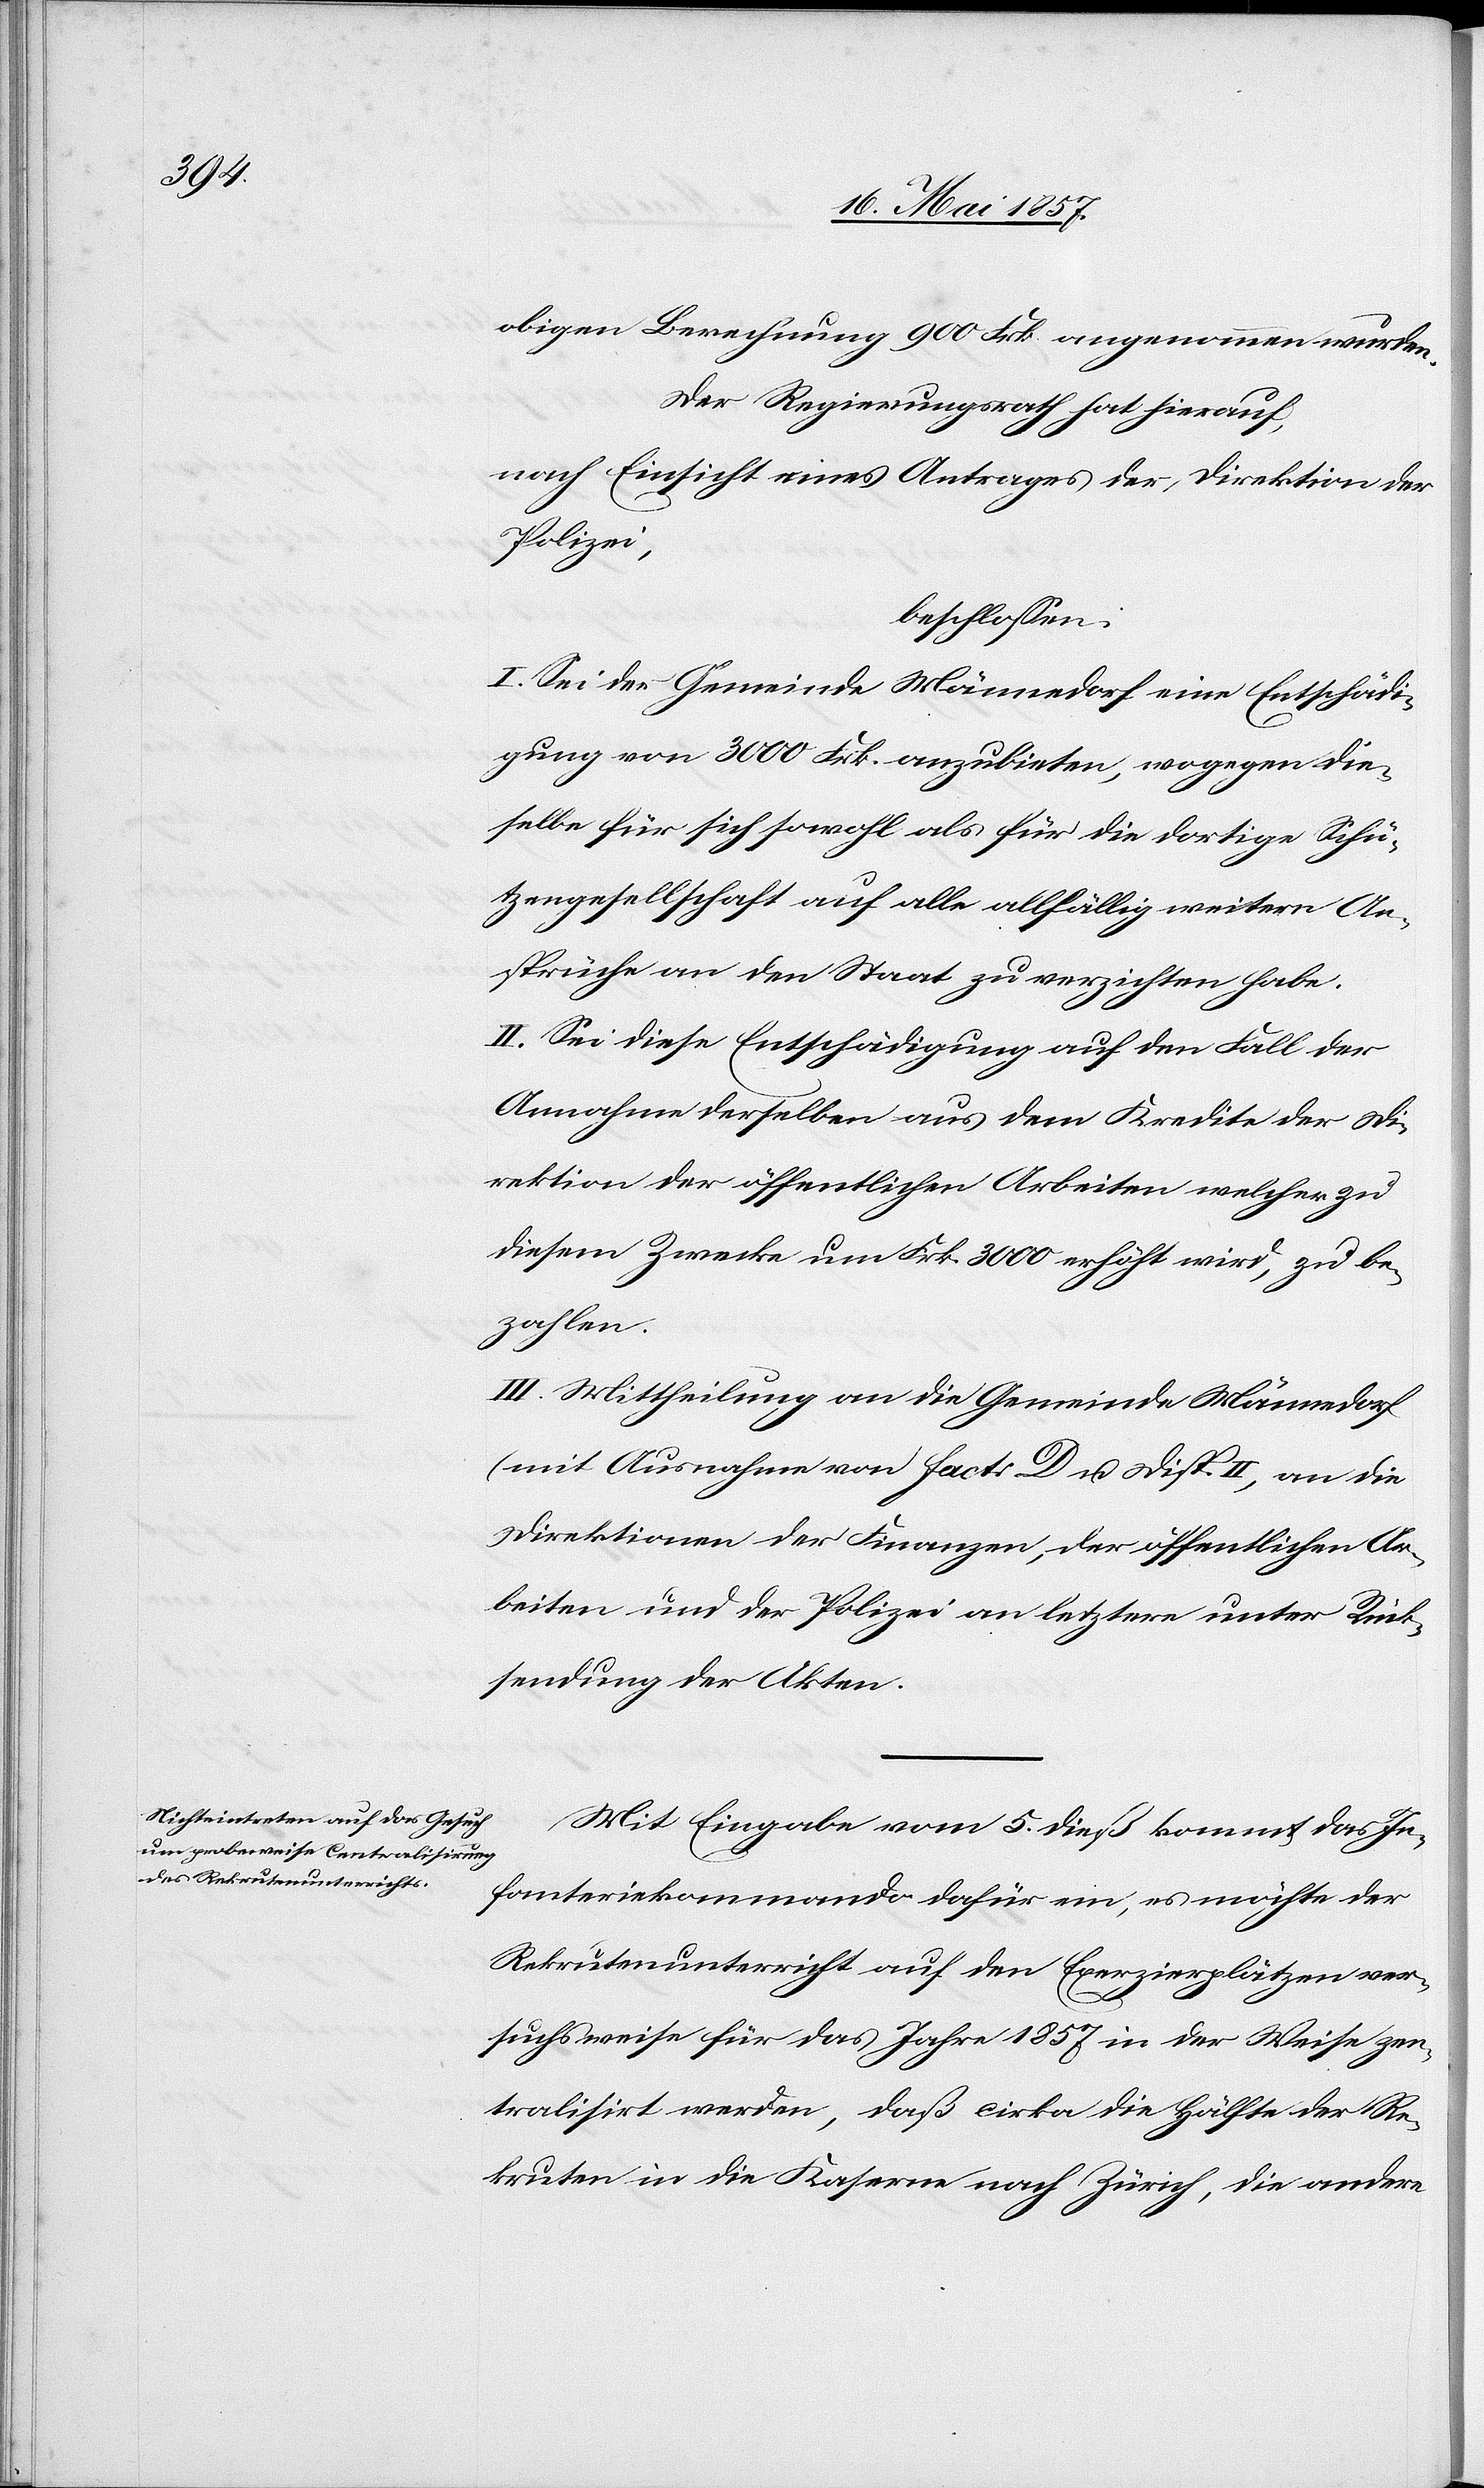
obigen Berechnung 900 Frk. angenommen wurden.
Der Regierungsrath hat hierauf,
nach Einsicht eines Antrages der Direktion der
Polizei,
beschlossen:
I. Sei der Gemeinde Männedorf eine Entschädi¬
gung von 3000 Frk. anzubieten, wogegen die¬
selbe für sich sowohl als für die dortige Schü¬
tzengesellschaft auf alle allfällig weitern An¬
sprüche an den Staat zu verzichten habe.
II. Sei diese Entschädigung auf den Fall der
Annahme derselben aus dem Kredite der Di¬
rektion der öffentlichen Arbeiten welcher zu
diesem Zwecke um Frk. 3000 erhöht wird, zu be¬
zahlen.
III. Mittheilung an die Gemeinde Männedorf
(mit Ausnahme von Fact: D & Disp. II, an die
Direktion der Finanzen, der öffentlichen Ar¬
beiten und der Polizei an letztere unter Rück¬
sendung der Akten.
Mit Eingabe vom 5 dieß kommt das In¬
fanteriekommando dafür ein, es möchte der
Rekrutenunterricht auf den Exerzierplätzen ver¬
suchsweise für das Jahre 1857 in der Weise zen¬
tralisirt werden, daß cirka die Hälfte der Re¬
kruten in die Kaserne nach Zürich, die andere